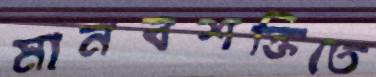
মানবশক্তিতে